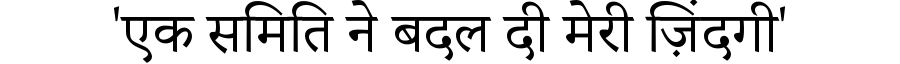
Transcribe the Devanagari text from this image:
'एक समिति ने बदल दी मेरी ज़िंदगी'